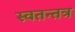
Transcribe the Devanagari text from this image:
स्वतन्तत्र